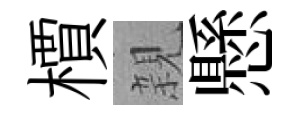
檟親懸